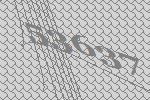
53637